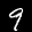
Label: 9